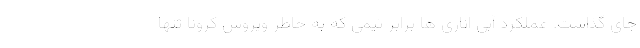
جای گذاشت. عملکرد آبی اناری ها برابر تیمی که به خاطر ویروس کرونا تنها